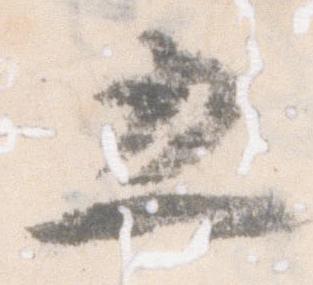
五